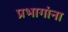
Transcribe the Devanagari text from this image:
प्रभागांना